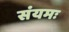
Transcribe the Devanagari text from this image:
संयमः